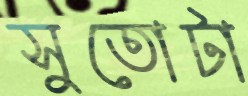
সুতোটা